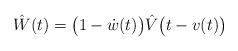
LaTeX: \begin{align*} \hat{W} (t) = \bigl(1 - \dot{w}(t)\bigr)\hat{V} \bigl(t-v(t)\bigr)\end{align*}